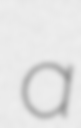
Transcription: a